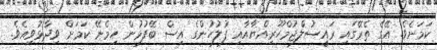
ކަމަށެވެ. އޭގެ ތެރޭގައި ރައީސުލްޖުމްހޫރިއްޔާއާއި ފުލުހުންގެ އިސް ބޭފުޅުން ހިމެނޭ ކަމަށް ވިދާޅުވިއެވެ.